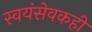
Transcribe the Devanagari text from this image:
स्वयंसेवकही